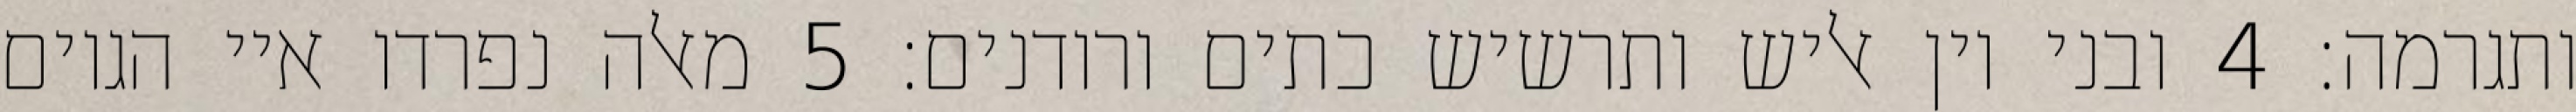
ותגרמה׃ ‎4‏ ובני יון אליש ותרשיש כתים ורודנים׃ ‎5‏ מאלה נפרדו איי הגוים